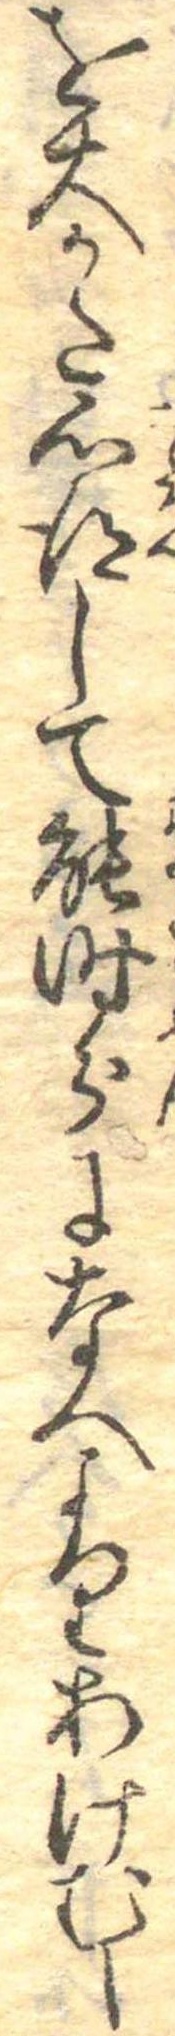
を大かた心得して能時分になへよりあけむし